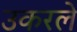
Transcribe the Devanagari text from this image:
उकरले